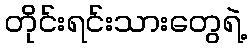
တိုင်းရင်းသားတွေရဲ့